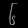
Digit: ၆